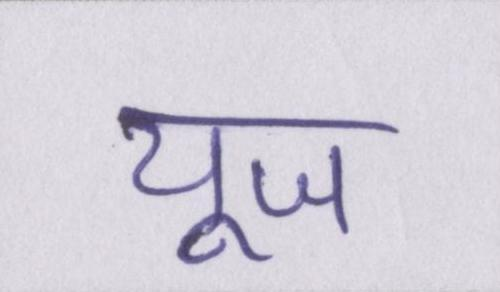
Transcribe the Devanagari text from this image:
यूज